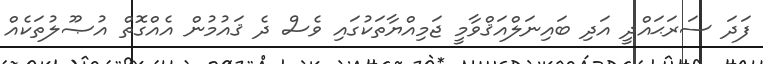
ފަދަ ސަރަޙައްދީ އަދި ބައިނަލްއަޤްވާމީ ޖަމިއްޔާތަކުގައި ވެސް ދެ ޤައުމުން އެއްގޮތް އުޞޫލުތަކެއް